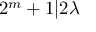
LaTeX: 2 ^ { m } + 1 | 2 \lambda